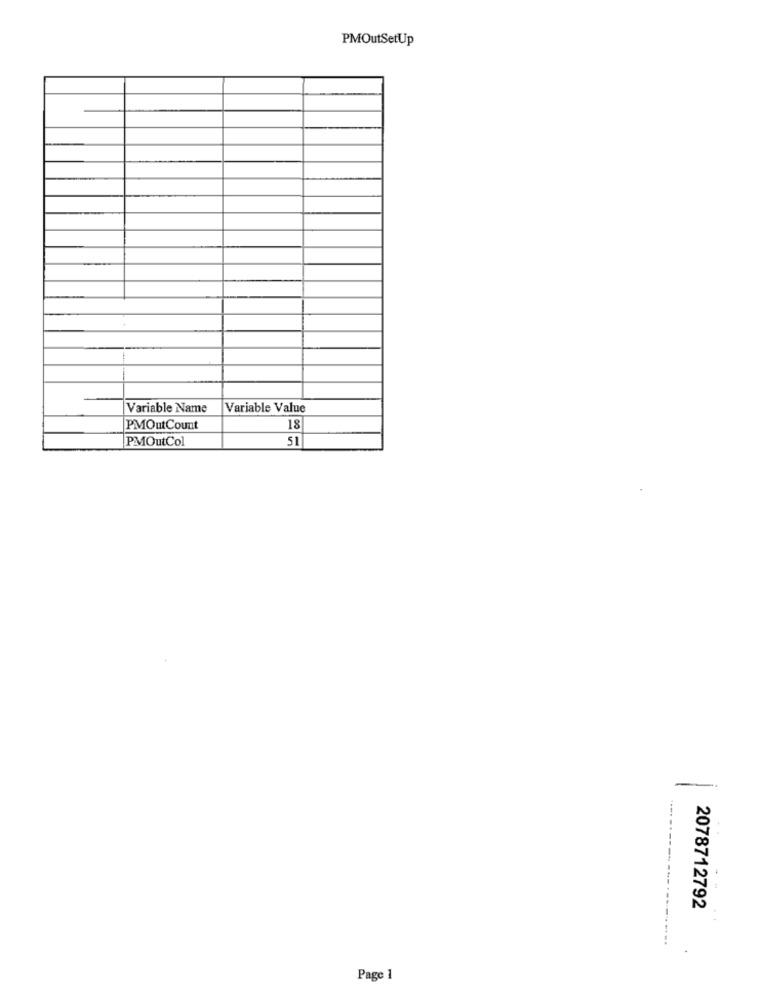
PMOutSetUp
Variable Name
Variable Value
PMOutCount
18
PMOutCol
51
-
2078712792
Page 1